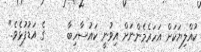
ކުއްލިޔަކަށް އަހަރެމެންނަށް އިވުނީ ކައުސާހިބާ     ގެ އަޑުފުޅެވެ."